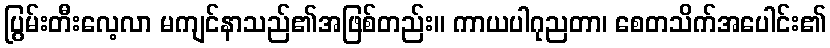
ပြွမ်းတီးလေ့လာ မကျင်နာသည်၏အဖြစ်တည်း။ ကာယပါဂုညတာ၊ စေတသိက်အပေါင်း၏